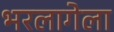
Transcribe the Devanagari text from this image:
भरलागेला